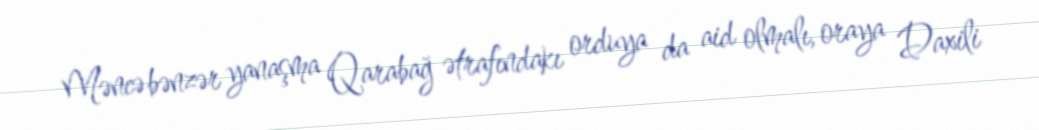
Məncə bənzər yanaşma Qarabağ ətrafındakı orduya da aid olmalı, oraya Daxili